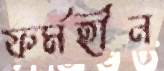
ফর্মহীন